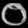
Digit: ၀